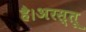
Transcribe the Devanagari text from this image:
है।अरस्तू